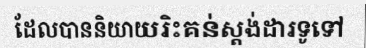
ដែលបាននិយាយរិះគន់ស្តង់ដារទូទៅ